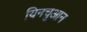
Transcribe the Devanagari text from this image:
यिनचुआन